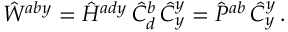
\hat { W } ^ { a b y } = \hat { \cal H } ^ { a d y } \, \hat { C } _ { d } ^ { b } \, \hat { C } _ { y } ^ { y } = \hat { P } ^ { a b } \, \hat { C } _ { y } ^ { y } \, .